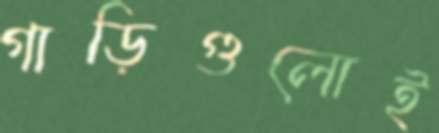
গাড়িগুলোই